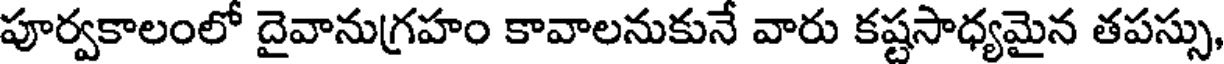
పూర్వకాలంలో దైవానుగ్రహం కావాలనుకునే వారు కష్టసాధ్యమైన తపస్సు,